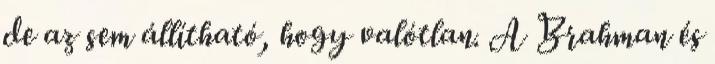
de az sem állítható, hogy valótlan. A Brahman és